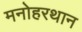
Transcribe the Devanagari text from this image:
मनोहरथान